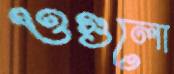
ওগুলো